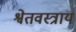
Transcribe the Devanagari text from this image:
श्वेतवस्त्राय